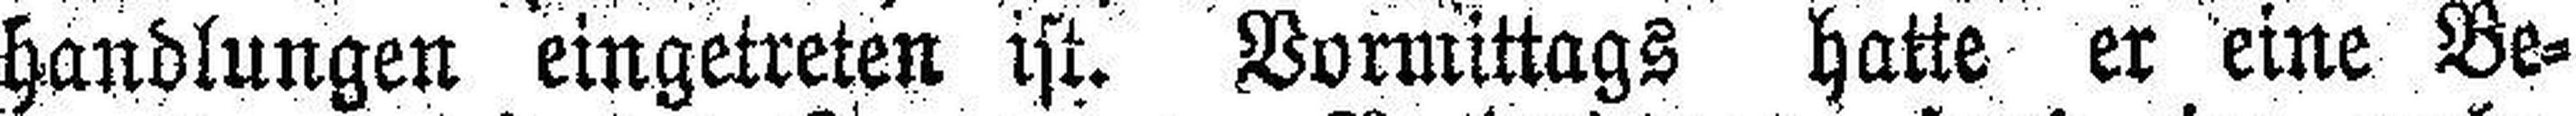
handlungen eingetreten ist. Vormittags hatte er eine Be¬